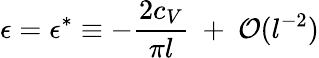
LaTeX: \epsilon=\epsilon^{*}\equiv-{\frac{2c_{V}}{\pi l}}~+~{\cal O}(l^{-2})